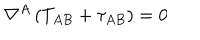
LaTeX: \nabla ^ { A } \left( T _ { A B } + \tau _ { A B } \right) = 0